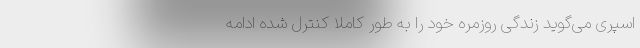
اسپری می‌گوید زندگی روزمره خود را به طور کاملاً کنترل‌ شده ادامه